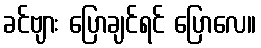
ခင်ဗျား ပြောချင်ရင် ပြောလေ။